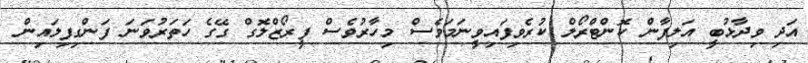
އަދި ވިދާޅުބީ އަލިފާން ކޮންޓްރޯލް ކުރެވިފައިވީނަމަވެސް މިހާރުވެސް ފީރޯޒްލޮގް ގޭގެ ހަތަރުވަނަ ފަންގިފިލައިން